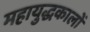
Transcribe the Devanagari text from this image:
महायुद्धकालों